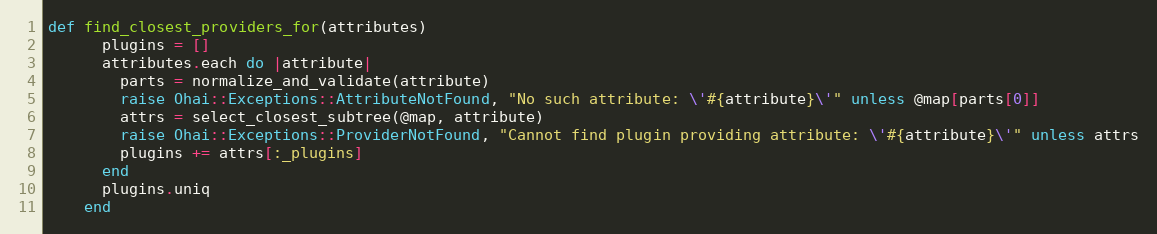
Language: Ruby
def find_closest_providers_for(attributes)
      plugins = []
      attributes.each do |attribute|
        parts = normalize_and_validate(attribute)
        raise Ohai::Exceptions::AttributeNotFound, "No such attribute: \'#{attribute}\'" unless @map[parts[0]]
        attrs = select_closest_subtree(@map, attribute)
        raise Ohai::Exceptions::ProviderNotFound, "Cannot find plugin providing attribute: \'#{attribute}\'" unless attrs
        plugins += attrs[:_plugins]
      end
      plugins.uniq
    end